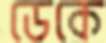
ডেকে